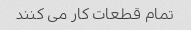
تمام قطعات کار می کنند